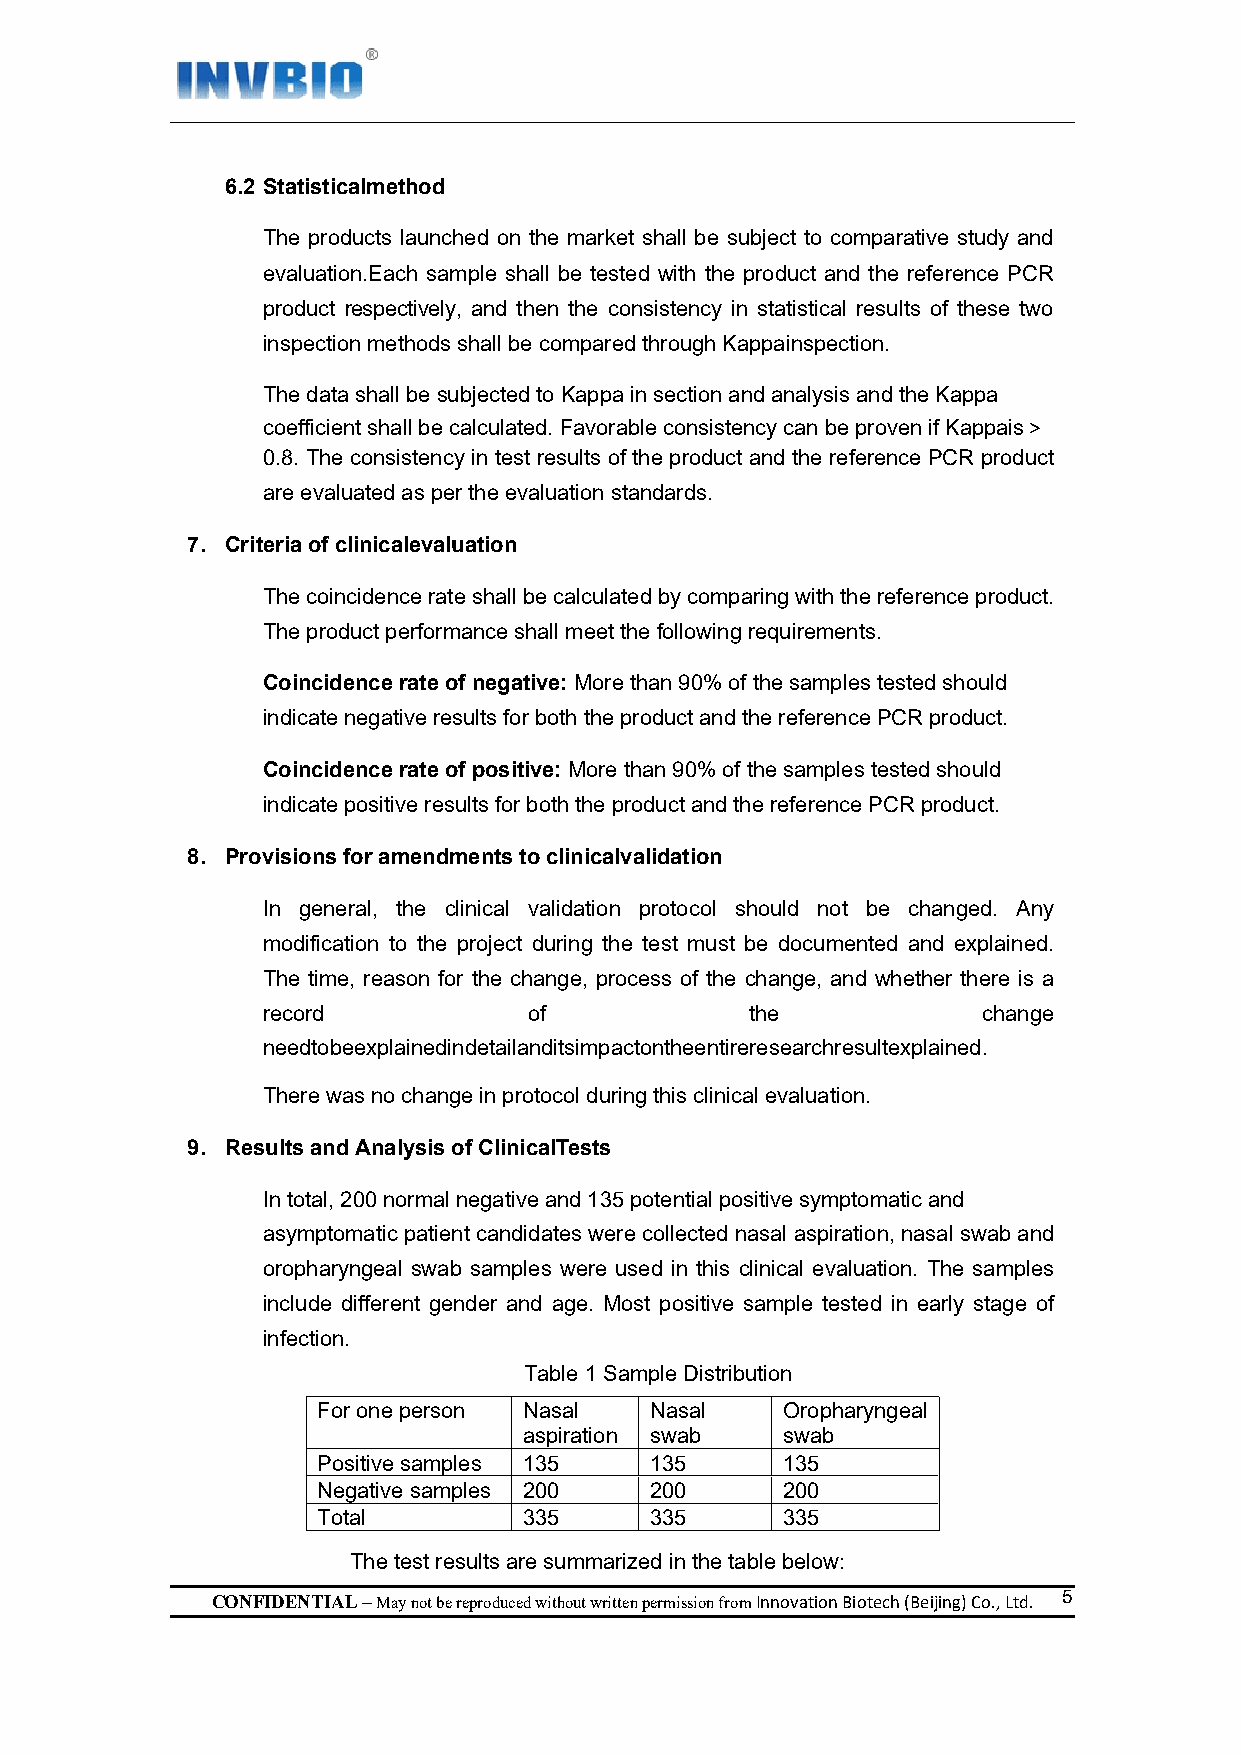
6.2 Statisticalmethod
 The products launched on the market shall be subject to comparative study and
 evaluation.Each sample shall be tested with the product and the reference PCR
 product respectively, and then the consistency in statistical results of these two
 inspection methods shall be compared through Kappainspection.
 The data shall be subjected to Kappa in section and analysis and the Kappa
 coefficient shall be calculated. Favorable consistency can be proven if Kappais＞
 0.8. The consistency in test results of the product and the reference PCR product
 are evaluated as per the evaluation standards.
 7. Criteria of clinicalevaluation
 The coincidence rate shall be calculated by comparing with the reference product.
 The product performance shall meet the following requirements.
 Coincidence rate of negative: More than 90% of the samples tested should
 indicate negative results for both the product and the reference PCR product.
 Coincidence rate of positive: More than 90% of the samples tested should
 indicate positive results for both the product and the reference PCR product.
 8. Provisions for amendments to clinicalvalidation
 In general, the clinical validation protocol should not be changed. Any
 modification to the project during the test must be documented and explained.
 The time, reason for the change, process of the change, and whether there is a
 record            of             the            change
 needtobeexplainedindetailanditsimpactontheentireresearchresultexplained.
 There was no change in protocol during this clinical evaluation.
 9. Results and Analysis of ClinicalTests
 In total, 200 normal negative and 135 potential positive symptomatic and
 asymptomatic patient candidates were collected nasal aspiration, nasal swab and
 oropharyngeal swab samples were used in this clinical evaluation. The samples
 include different gender and age. Most positive sample tested in early stage of
 infection.
 Table 1 Sample Distribution
 For one person Nasal  Nasal    Oropharyngeal
 aspiration swab  swab
 Positive samples 135  135      135
 Negative samples 200  200      200
 Total         335     335      335
 The test results are summarized in the table below:
 CONFIDENTIAL – May not be reproduced without written permission from Innovation Biotech (Beijing) Co., Ltd. 5